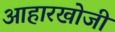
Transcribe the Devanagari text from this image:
आहारखोजी